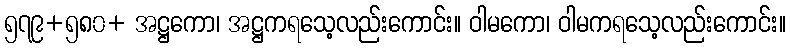
၅၇၉+၅၈၀+ အဋ္ဌကော၊ အဋ္ဌကရသေ့လည်းကောင်း။ ဝါမကော၊ ဝါမကရသေ့လည်းကောင်း။